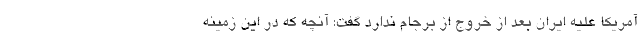
آمریکا علیه ایران بعد از خروج از برجام ندارد گفت: آنچه که در این زمینه